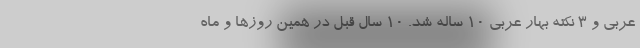
عربی و 3 نکته بهار عربی 10 ساله شد. 10 سال قبل در همین روزها و ماه